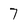
Character: 7